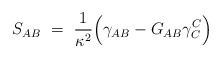
LaTeX: \begin{align*}S_{AB}\ =\ \frac{1}{\kappa^2}\Big( \gamma_{AB}-G_{AB}\gamma^C_C\Big)\end{align*}